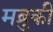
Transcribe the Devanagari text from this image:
मब्रुकी